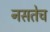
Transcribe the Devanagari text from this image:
नसतेच